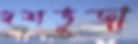
দশভুজা